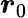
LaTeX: \boldsymbol{r}_{0}